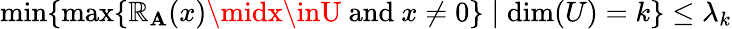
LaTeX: \operatorname*{min}\{ \operatorname*{max}\{ \mathbb{R}_{\mathbf{A}}(x)\midx\inU{\mathrm{{~and~}}}x\neq0\} \mid\dim(U)=k\} \leq\lambda_{k}